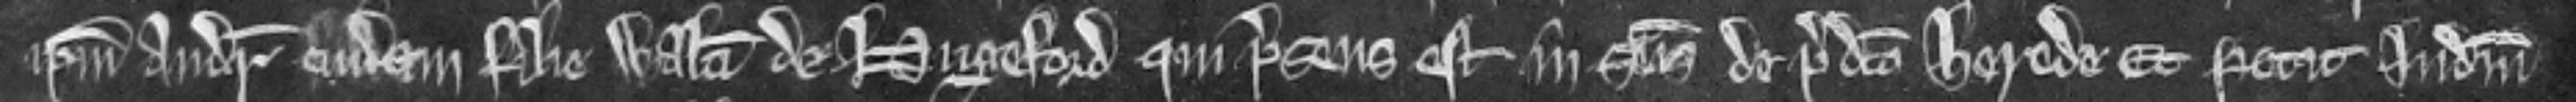
ipsum Andream cuidam filie Walteri de Hugeford qui presens est in seisina de predicto herede. Et petit judicium